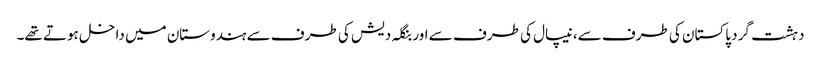
دہشت گرد پاکستان کی طرف سے، نیپال کی طرف سے اور بنگلہ دیش کی طرف سے ہندوستان میں داخل ہوتے تھے۔